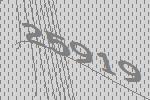
25919